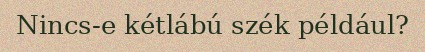
Nincs-e kétlábú szék például?